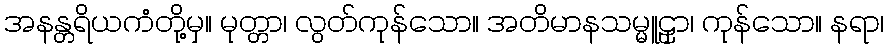
အနန္တရိယကံတို့မှ။ မုတ္တာ၊ လွတ်ကုန်သော။ အတိမာနသမ္မူဠှာ၊ ကုန်သော။ နရာ၊